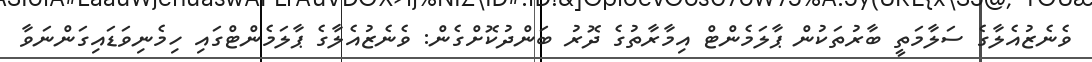
ވެނެޒުއެލާގެ ސަލާމަތީ ބާރުތަކުން ޕާލަމެންޓް އިމާރާތުގެ ދޮރު ބަންދުކޮށްގެން: ވެނެޒުއެލާގެ ޕާލަމެންޓްގައި ހިމެނިވަޑައިގަންނަވާ